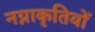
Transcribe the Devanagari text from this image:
नग्नाकृतियों